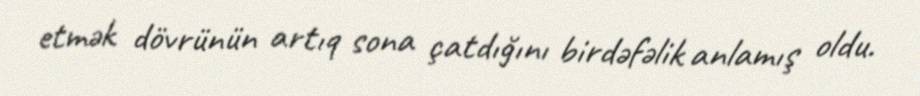
etmək dövrünün artıq sona çatdığını birdəfəlik anlamış oldu.